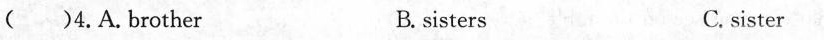
（）4.A.Brother B.sisters C. sister